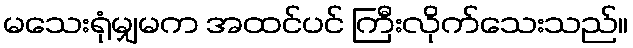
မသေးရုံမျှမက အထင်ပင် ကြီးလိုက်သေးသည်။